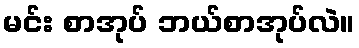
မင်း စာအုပ် ဘယ်စာအုပ်လဲ။